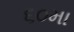
૬૦મા